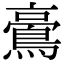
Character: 𪁚